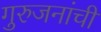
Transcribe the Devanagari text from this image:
गुरुजनांची